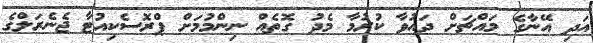
އަދި އޭނާގެ މައްޗަށް ދައުވާ ކުރުމާ މެދު ގޮތެއް ނިންމުމަށް ޕްރޮސެކިއުޓާ ޖެނެރަލްގެ